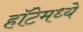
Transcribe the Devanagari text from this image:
हॉटेमध्ये